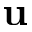
\mathbf { u }